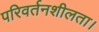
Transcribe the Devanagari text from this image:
परिवर्तनशीलता।